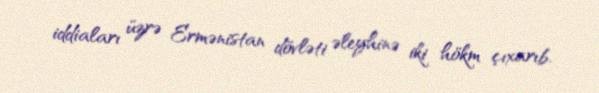
iddiaları üzrə Ermənistan dövləti əleyhinə iki hökm çıxarıb.